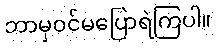
ဘာမှဝင်မပြောရဲကြပါ။